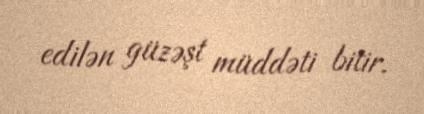
edilən güzəşt müddəti bitir.